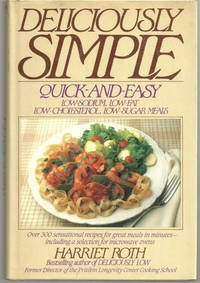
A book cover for Deliciously Simple: Quick and Easy Low-Sodium, Low-Fat, Low-Cholesterol, Low-Sugar Meals; Harriet Roth; Cookbooks, Food & Wine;